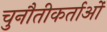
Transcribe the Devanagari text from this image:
चुनौतीकर्ताओं